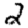
Digit: 2